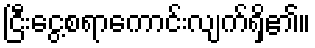
ငြီးငွေ့စရာကောင်းလျက်ရှိ၏။